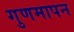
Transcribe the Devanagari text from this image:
गुणमापन